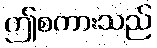
ဤစကားသည်